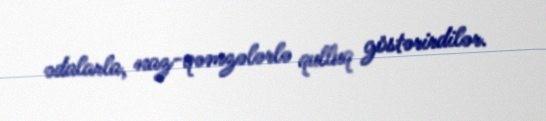
ədalarla, naz-qəmzələrlə qulluq göstərirdilər.